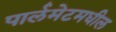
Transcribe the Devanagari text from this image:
पार्लमेटमधील